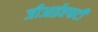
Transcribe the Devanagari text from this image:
जीआईएफटी